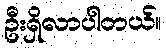
ဦးရှိလာပါတယ်။